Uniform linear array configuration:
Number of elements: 16
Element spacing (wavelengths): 0.25
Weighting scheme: cosine
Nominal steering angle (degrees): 45
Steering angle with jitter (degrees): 44.684
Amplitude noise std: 0.05
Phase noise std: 0.05

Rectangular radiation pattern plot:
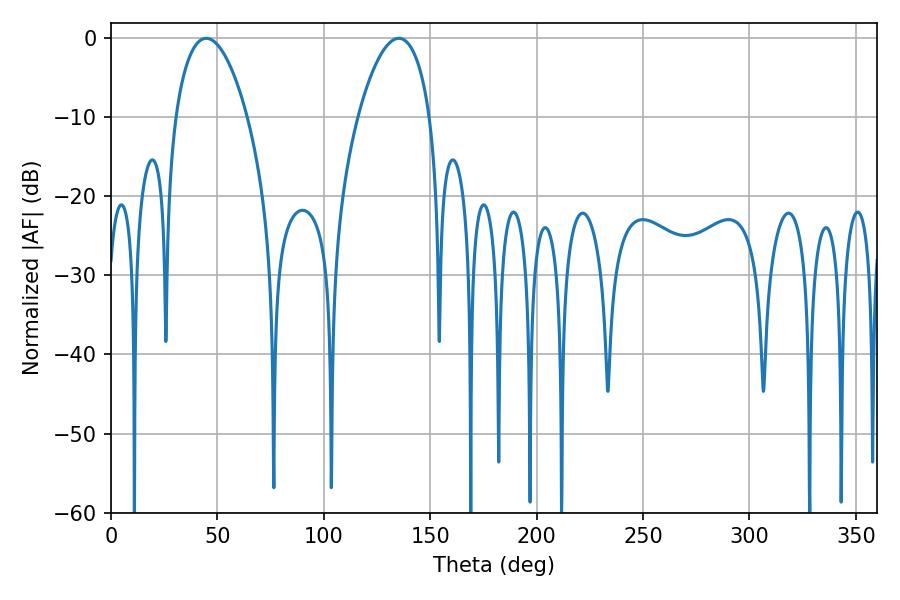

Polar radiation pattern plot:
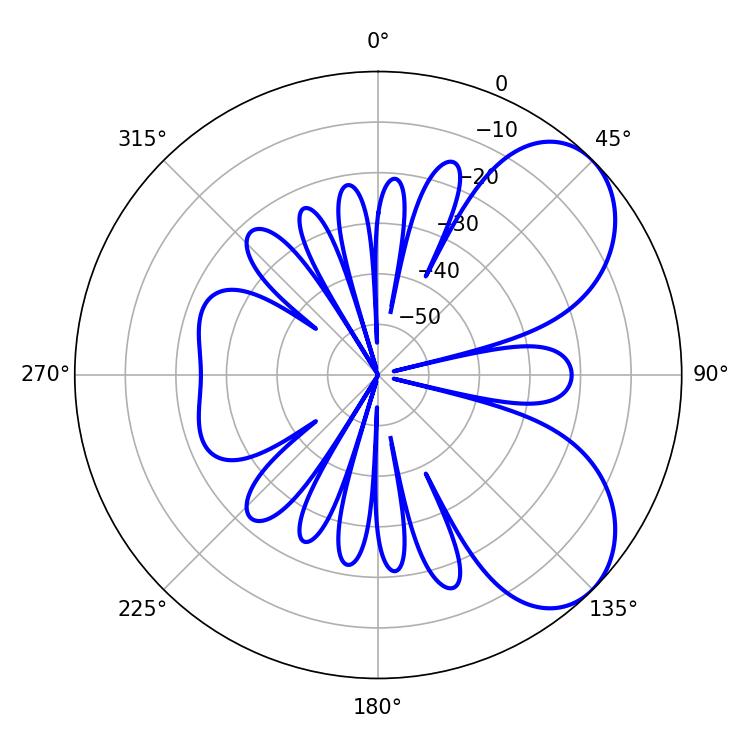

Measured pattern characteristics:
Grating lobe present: FALSE
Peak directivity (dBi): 6.054
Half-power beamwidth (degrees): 19.08
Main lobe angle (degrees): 44.82